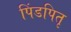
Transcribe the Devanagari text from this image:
पिंडपितृ